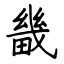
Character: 畿